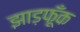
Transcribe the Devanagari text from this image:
झाड़फूँक